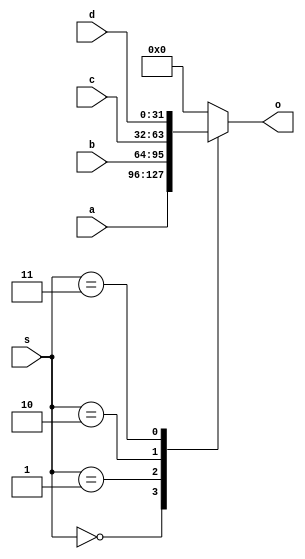
`timescale 1ns/100ps
module MUX4_32(a, b, c, d, s, o);

  input [31:0] a;
  input [31:0] b;
  input [31:0] c;
  input [31:0] d;
  input [2:0] s;
  
  output [31:0] o;
  
  reg [31:0] o;
  
  always@(*)begin
    case(s)
      3'b000:  o = a;
	  3'b001:  o = b;
      3'b010:  o = c;
      3'b011:  o = d;
	  default:o = 32'b0;
    endcase	
  end
  
endmodule